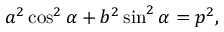
a ^ { 2 } \cos ^ { 2 } \alpha + b ^ { 2 } \sin ^ { 2 } \alpha = p ^ { 2 } ,